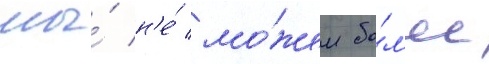
мы́ н'е́ мо́жем бо́л'ее